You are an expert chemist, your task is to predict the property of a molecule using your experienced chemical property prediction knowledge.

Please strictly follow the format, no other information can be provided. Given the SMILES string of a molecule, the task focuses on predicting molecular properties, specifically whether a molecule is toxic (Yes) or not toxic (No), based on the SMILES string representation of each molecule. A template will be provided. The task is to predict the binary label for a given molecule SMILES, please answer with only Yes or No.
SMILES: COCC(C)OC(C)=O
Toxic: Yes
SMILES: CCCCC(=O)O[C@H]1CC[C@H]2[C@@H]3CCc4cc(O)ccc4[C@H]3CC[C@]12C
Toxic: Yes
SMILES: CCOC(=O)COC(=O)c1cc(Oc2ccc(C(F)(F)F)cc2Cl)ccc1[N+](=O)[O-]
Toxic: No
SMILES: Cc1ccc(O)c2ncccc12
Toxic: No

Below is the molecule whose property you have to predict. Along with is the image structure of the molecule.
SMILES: CCC(C=O)CC
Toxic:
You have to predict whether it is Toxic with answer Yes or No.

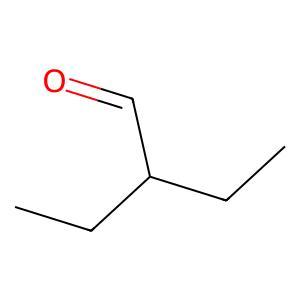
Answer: No